65_HS1-834228961_62-HQ-83894_Section_4
Agency: FBI
Page 113
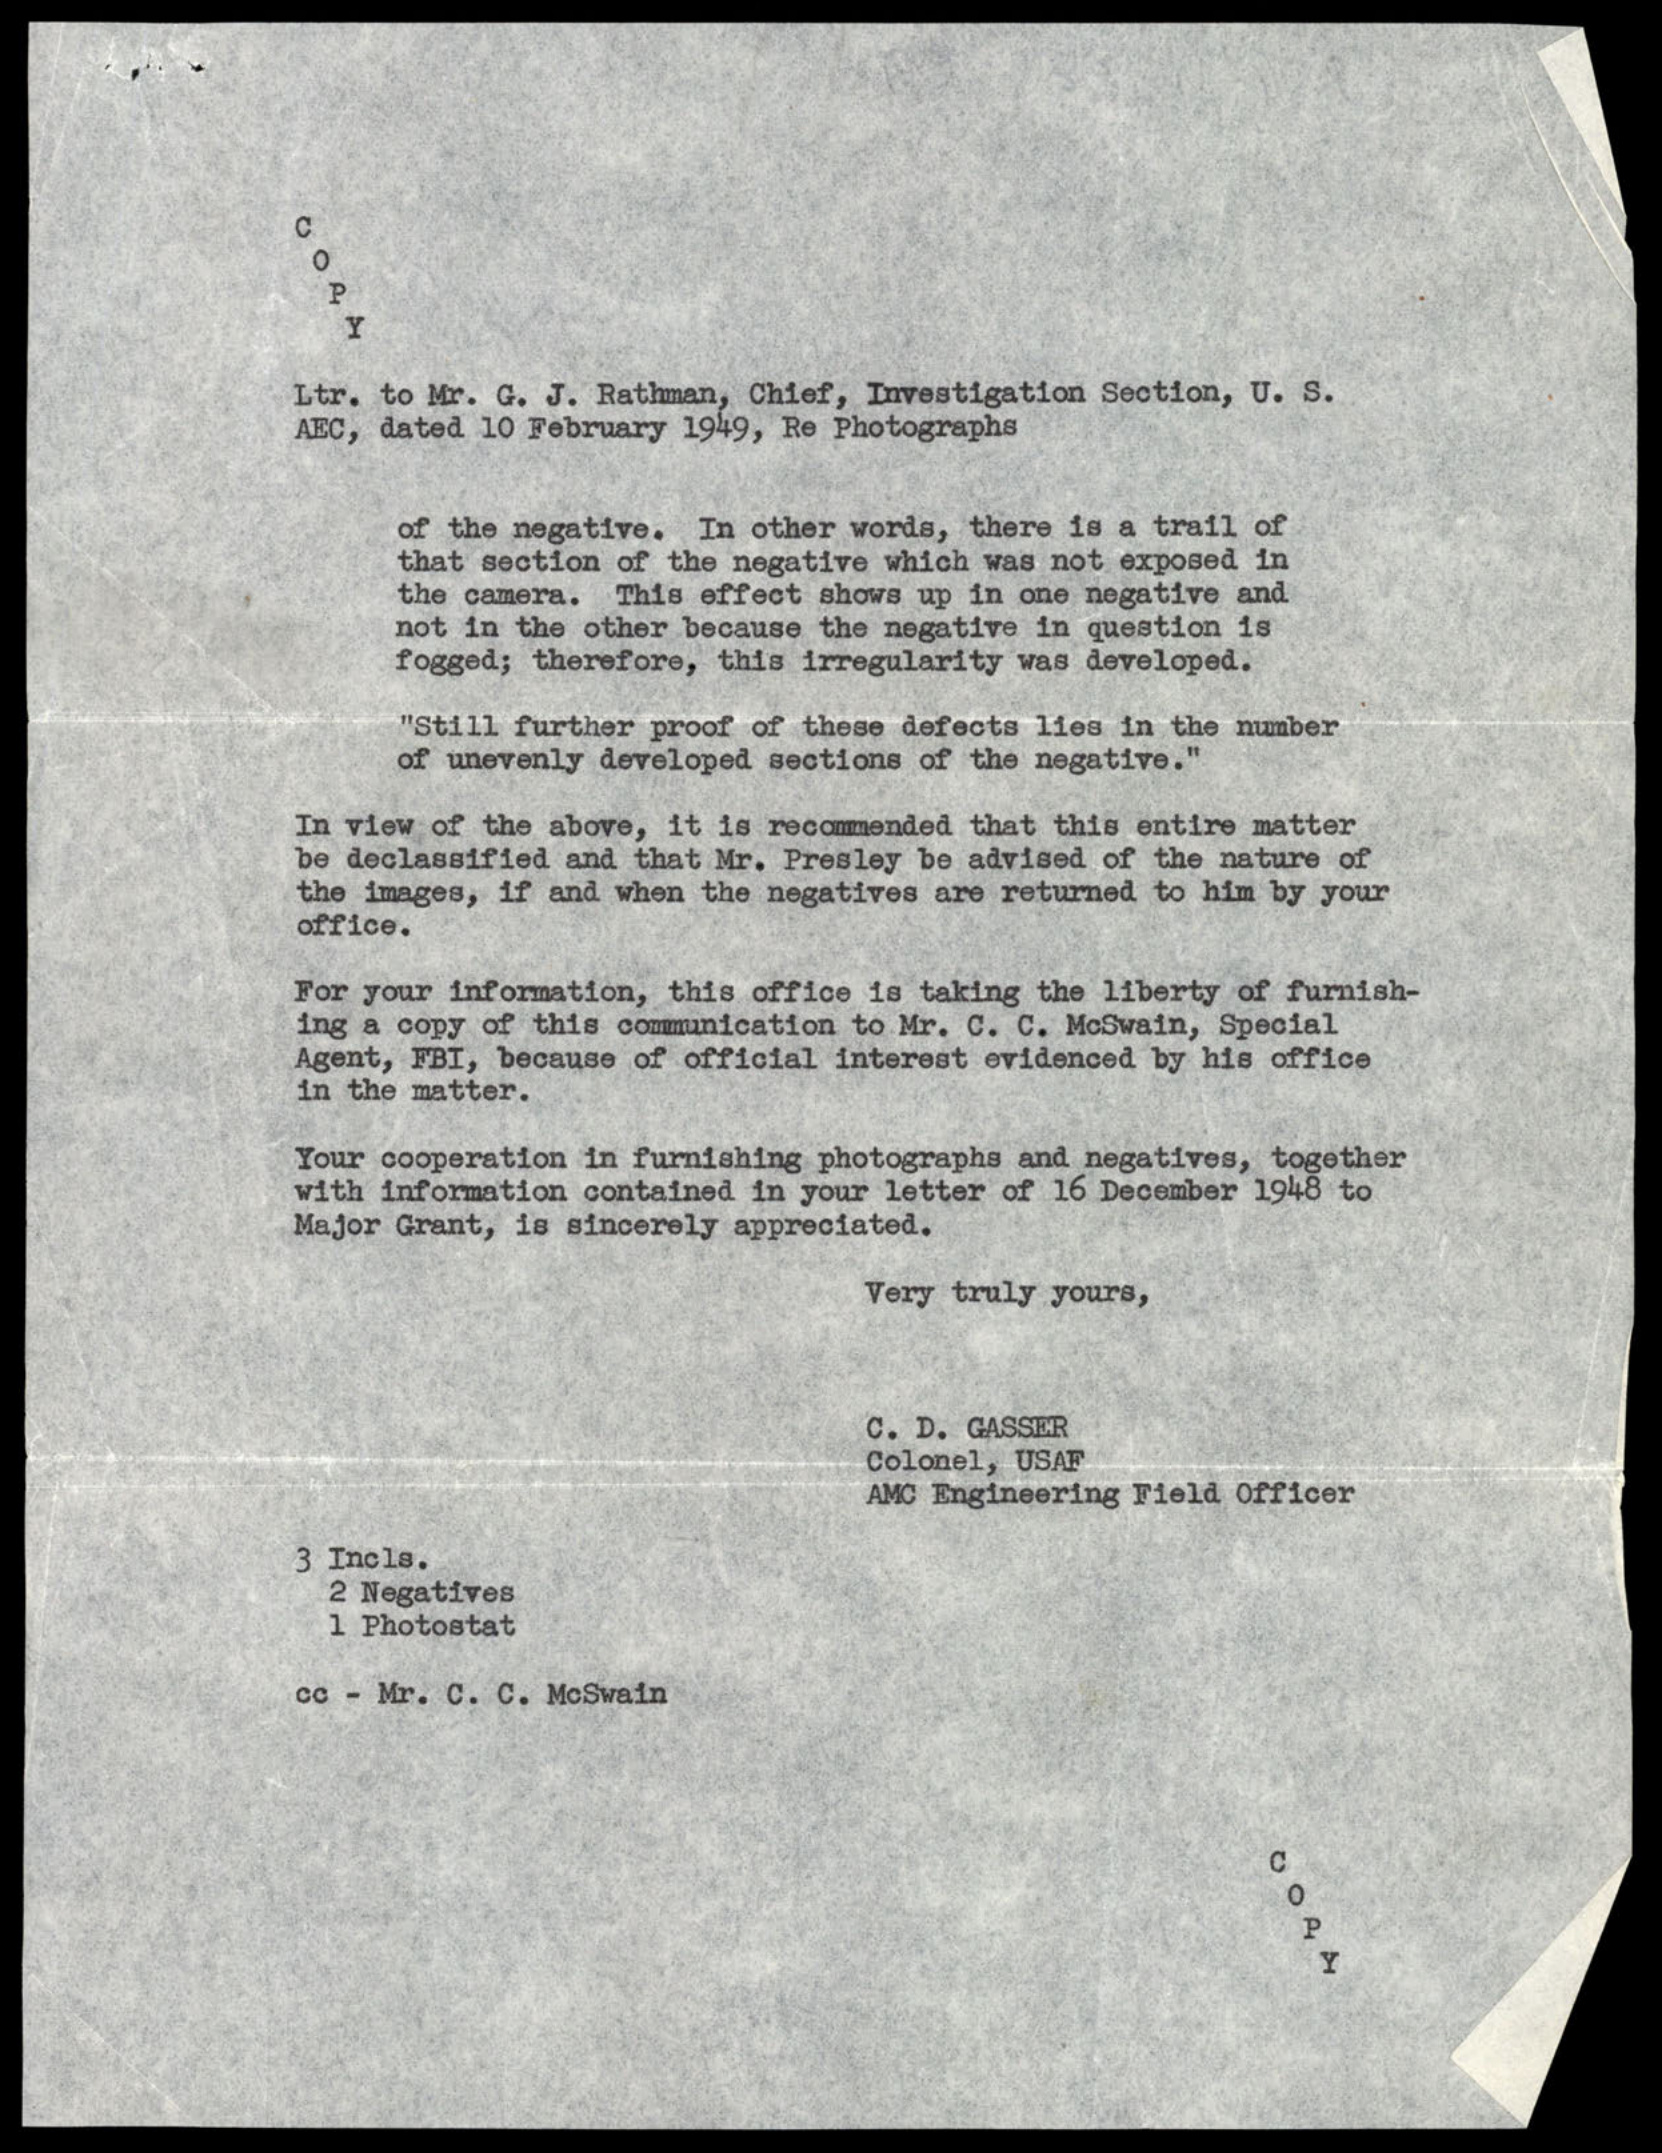